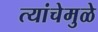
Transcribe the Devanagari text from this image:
त्यांचेमुळे